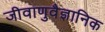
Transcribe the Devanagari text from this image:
जीवाणुवैज्ञानिक